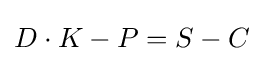
D\cdot K-P=S-C